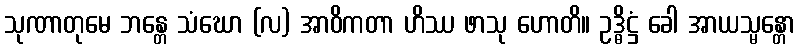
သုဏာတုမေ ဘန္တေ သံဃော (လ) အာဝိကတာ ဟိဿ ဖာသု ဟောတိ။ ဥဒ္ဓိဋ္ဌံ ခေါ အာယသ္မန္တော